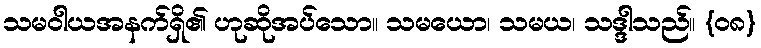
သမဝါယအနက်ရှိ၏ ဟုဆိုအပ်သော။ သမယော၊ သမယ၊ သဒ္ဒါသည်။ {၀၈}